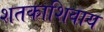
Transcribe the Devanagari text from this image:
शतकाशिवाय